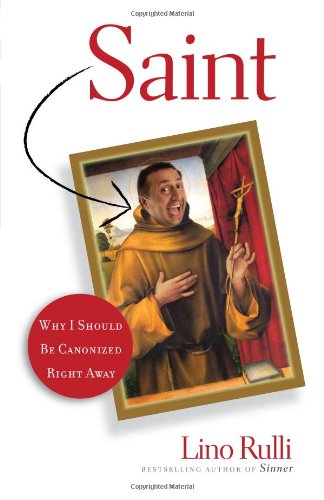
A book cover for Saint: Why I Should Be Canonized Right Away; Lino Rulli; Humor & Entertainment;